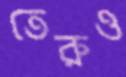
তেরুও